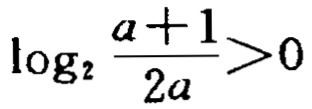
\(\log_{2}\frac{a + 1}{2a}>0\)